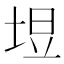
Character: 𪣙